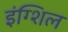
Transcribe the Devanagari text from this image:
इंग्शिल